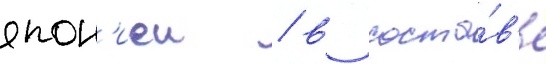
япон'иеи / в соста́в'е